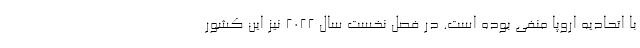
با اتحادیه اروپا منفی بوده است. در فصل نخست سال ۲۰۲۲ نیز این کشور